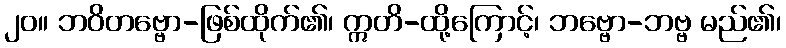
၂၀။ ဘဝိတဗ္ဗော-ဖြစ်ထိုက်၏၊ ဣတိ-ထို့ကြောင့်၊ ဘဗ္ဗော-ဘဗ္ဗ မည်၏၊